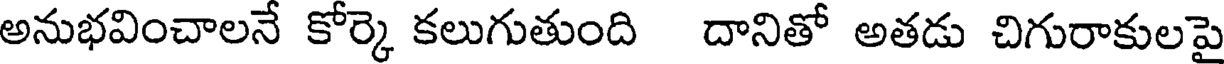
అనుభవించాలనే కోర్కె కలుగుతుంది దానితో అతడు చిగురాకులపై